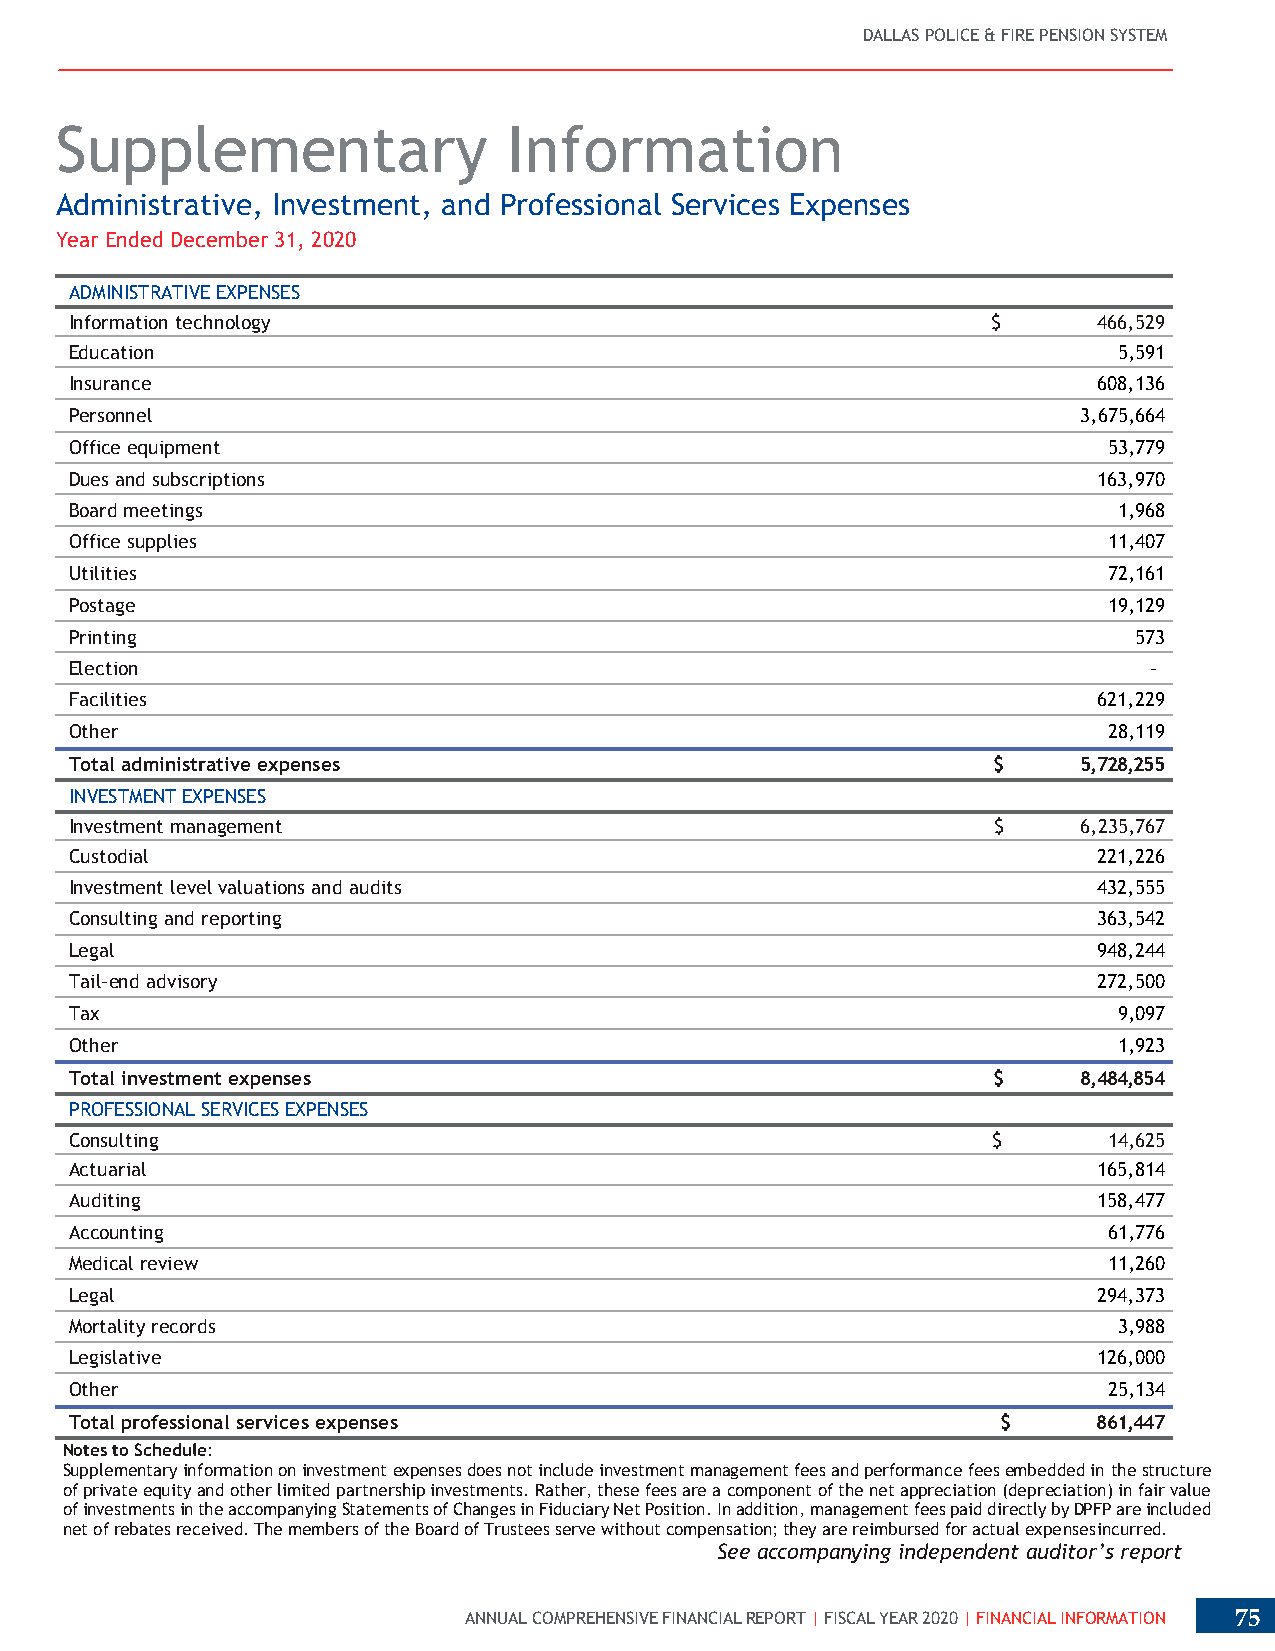
DALLAS POLICE & FIRE PENSION SYSTEM
 Supplementary                 Information
 Administrative, Investment, and Professional Services Expenses
 Year Ended December 31, 2020
 ADMINISTRATIVE EXPENSES
 Information technology                                       $      466,529
 Education                                                            5,591
 Insurance                                                           608,136
 Personnel                                                          3,675,664
 Office equipment                                                    53,779
 Dues and subscriptions                                              163,970
 Board meetings                                                       1,968
 Office supplies                                                     11,407
 Utilities                                                           72,161
 Postage                                                             19,129
 Printing                                                              573
 Election                                                               -
 Facilities                                                          621,229
 Other                                                               28,119
 Total administrative expenses                                $     5,728,255
 INVESTMENT EXPENSES
 Investment management                                        $     6,235,767
 Custodial                                                           221,226
 Investment level valuations and audits                              432,555
 Consulting and reporting                                            363,542
 Legal                                                               948,244
 Tail-end advisory                                                   272,500
 Tax                                                                  9,097
 Other                                                                1,923
 Total investment expenses                                    $     8,484,854
 PROFESSIONAL SERVICES EXPENSES
 Consulting                                                   $      14,625
 Actuarial                                                           165,814
 Auditing                                                            158,477
 Accounting                                                          61,776
 Medical review                                                      11,260
 Legal                                                               294,373
 Mortality records                                                    3,988
 Legislative                                                         126,000
 Other                                                               25,134
 Total professional services expenses                         $      861,447
 Notes to Schedule:
 Supplementary information on investment expenses does not include investment management fees and performance fees embedded in the structure
 of private equity and other limited partnership investments. Rather, these fees are a component of the net appreciation (depreciation) in fair value
 of investments in the accompanying Statements of Changes in Fiduciary Net Position. In addition, management fees paid directly by DPFP are included
 net of rebates received. The members of the Board of Trustees serve without compensation; they are reimbursed for actual expenses incurred.
 See accompanying independent auditor’s report
 ANNUAL COMPREHENSIVE FINANCIAL REPORT | FISCAL YEAR 2020 | FINANCIAL INFORMATION 75